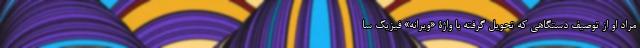
مراد او از توصیف دستگاهی که تحویل گرفته با واژۀ «ویرانه» فیزیک سا